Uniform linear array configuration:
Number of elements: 24
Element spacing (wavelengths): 0.5
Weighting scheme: exponential
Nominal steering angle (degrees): -15
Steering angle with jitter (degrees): -13.632
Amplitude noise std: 0.05
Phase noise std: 0.05

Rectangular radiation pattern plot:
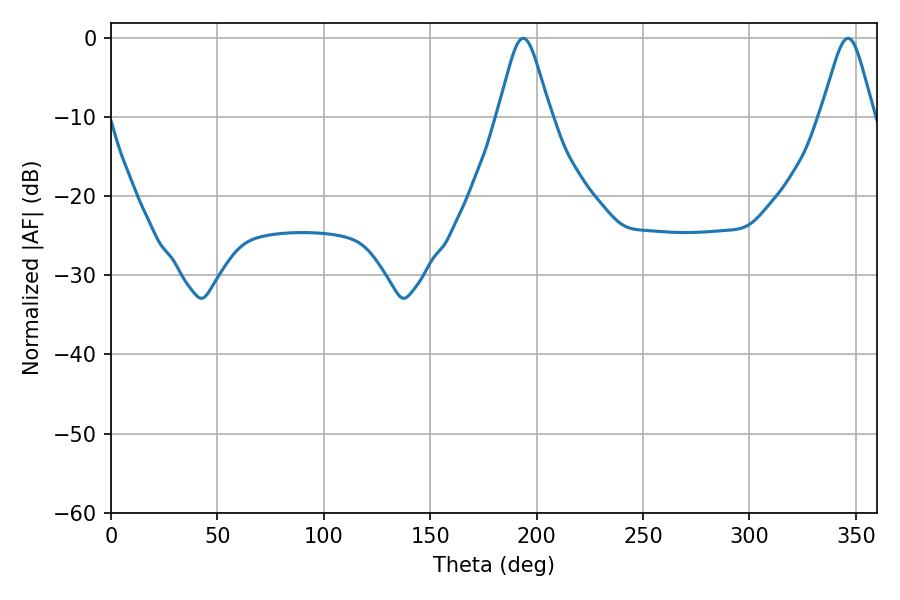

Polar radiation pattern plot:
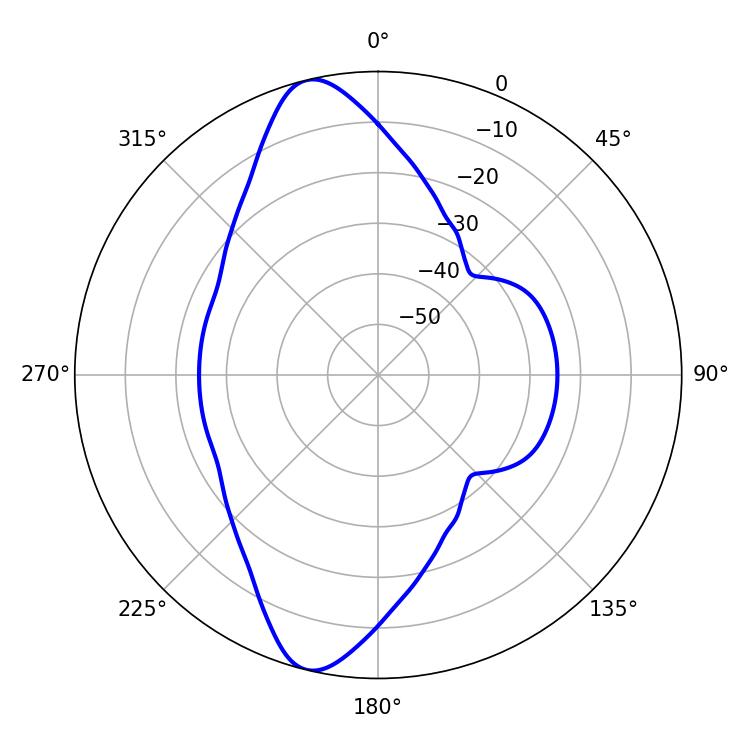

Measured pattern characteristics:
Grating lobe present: FALSE
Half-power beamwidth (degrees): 12.06
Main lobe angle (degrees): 193.68